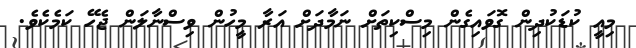
މިއީ ކުޑަކުދިން ގޮވައިގެން މިސްކިތަށް ނަމާދަށް އަރާ މީހުން ވިސްނާލަން ޖެހޭ ކަމެކެވެ.